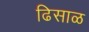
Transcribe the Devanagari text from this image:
ढिसाळ